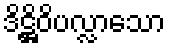
ဒိဋ္ဌိဝိပလ္လာသော